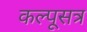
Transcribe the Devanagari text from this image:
कल्पूसत्र